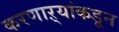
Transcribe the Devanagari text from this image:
करणाऱ्यांकडून